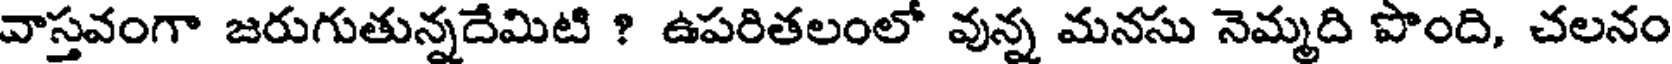
వాస్తవంగా జరుగుతున్నదేమిటి ? ఉపరితలంలో వున్న మనసు నెమ్మది పొంది, చలనం